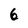
Character: 6